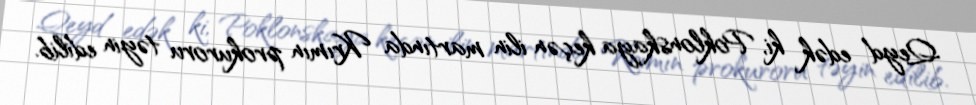
Qeyd edək ki, Poklonskaya keçən ilin martında Krımın prokuroru təyin edilib.